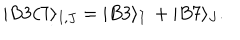
LaTeX: | B 3 / 7 \rangle _ { I , J } = | B 3 \rangle _ { I } \, + | B 7 \rangle _ { J } .